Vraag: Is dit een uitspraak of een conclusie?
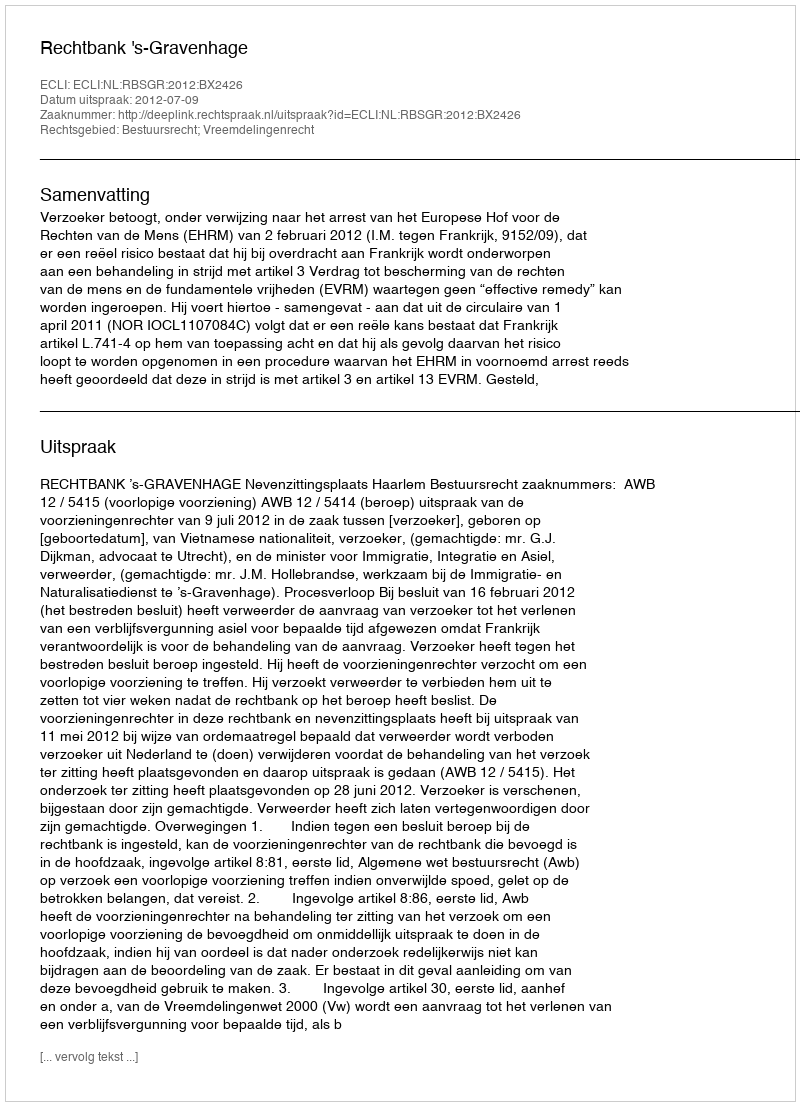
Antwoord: Uitspraak